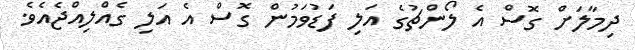
ދިމާލަށް ގޮސް އެ ލޯންޗުގެ އަލި ފަޑުވަމުން ގޮސް އެ އަލި ގެއްލިއްޖެއެވެ.